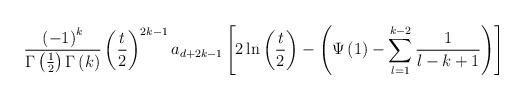
LaTeX: \begin{align*}\frac{\left( -1\right) ^k}{\Gamma \left( \frac 12\right)\Gamma\left( k\right) }\left( \frac t2\right) ^{2k-1}a_{d+2k-1}\left[ 2\ln\left(\frac t2\right) -\left( \Psi \left( 1\right)-\sum\limits_{l=1}^{k-2}\frac1{l-k+1}\right) \right]\end{align*}